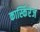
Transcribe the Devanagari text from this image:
कार्स्किरेज